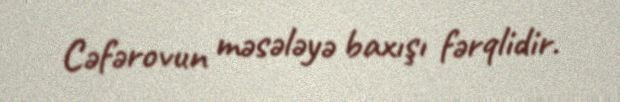
Cəfərovun məsələyə baxışı fərqlidir.